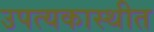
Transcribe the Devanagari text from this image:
उपत्यकास्थीत